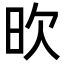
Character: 欥